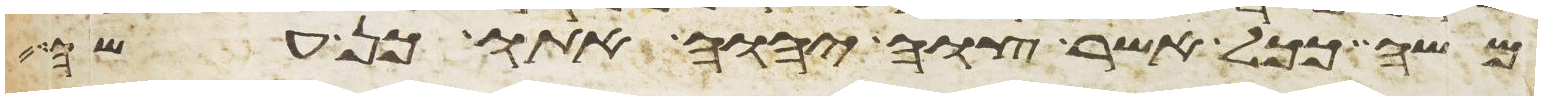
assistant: משה ככל אשר צוה יהוה אתו כן עשה